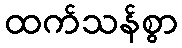
ထက်သန်စွာ